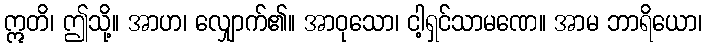
ဣတိ၊ ဤသို့။ အာဟ၊ လျှောက်၏။ အာဝုသော၊ ငါ့ရှင်သာမဏေ။ အာမ ဘာရိယော၊